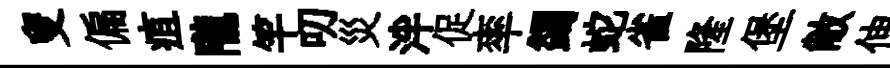
叟偏疽隴竿叨災泮促率蠲蛇雀隆堡敝伸